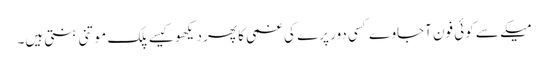
میکے سے کوئی فون آجاوے کسی دور پرے کی غمی کا پھر دیکھو کیسے پلک موتنی بنتی ہیں۔